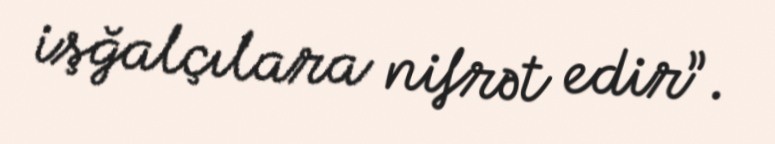
işğalçılara nifrət edir”.